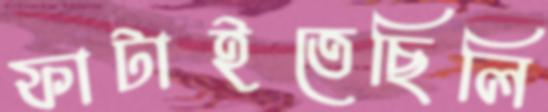
ফাটাইতেছিলি